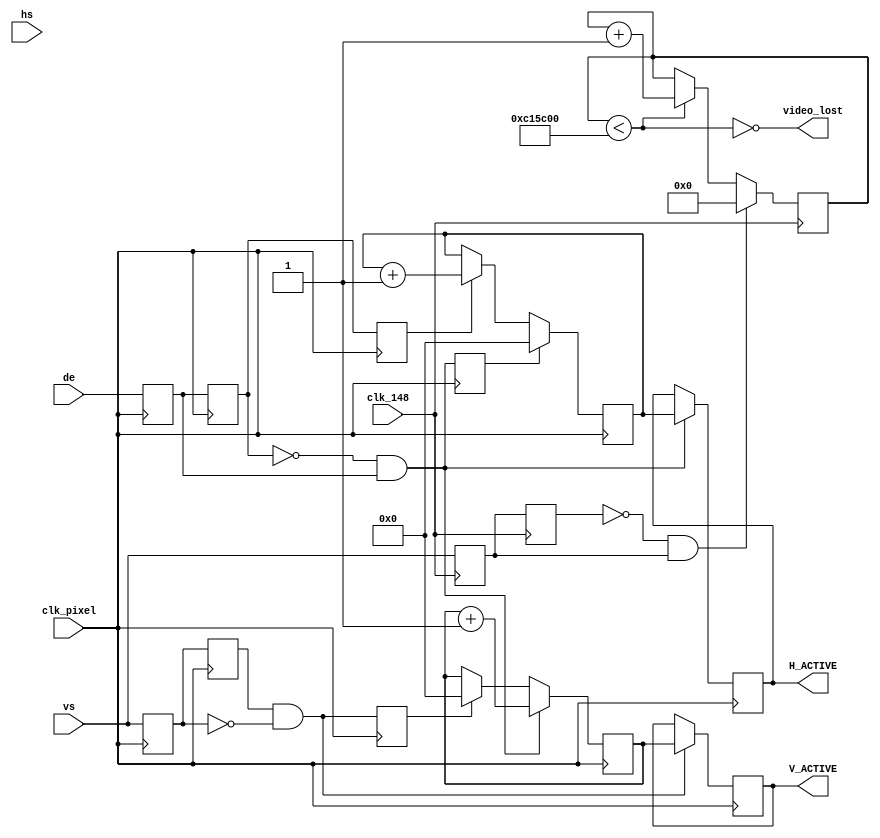
module video_check(
	input clk_148,
	input clk_pixel,
	input vs,
	input hs,
	input de,
	output reg[15:0] H_ACTIVE,
	output reg[15:0] V_ACTIVE,
	output video_lost
);
reg[23:0] time_cnt;
reg vs_d1;
reg vs_d2;

reg vs_d3;
reg vs_d4;

reg de_d1;
reg de_d2;
reg de_d3;
reg[15:0] v_cnt;
reg[15:0] h_cnt;
wire vs_posedge = ~vs_d2 & vs_d1;
wire vs_edge = vs_d4 & ~vs_d3;

wire de_posedge = ~de_d2 & de_d1;
reg vs_edge_d1;
reg de_posedge_d1;
assign video_lost = ~(time_cnt < 24'hC1_5C00);
always@(posedge clk_148)
begin
	vs_d1 <= vs;
	vs_d2 <= vs_d1;
	if(vs_posedge)
		begin
			time_cnt <= 24'd0;
		end
	else if(time_cnt < 24'hC1_5C00)
		begin
			time_cnt <= time_cnt + 24'd1;
		end
	else
		begin
			time_cnt <= time_cnt;
		end
end

always@(posedge clk_pixel)
begin
	vs_d3 <= vs;
	vs_d4 <= vs_d3;
	if(vs_edge)
		begin
			V_ACTIVE <= v_cnt;
		end
	else
		begin
			V_ACTIVE <= V_ACTIVE;
		end
	
end

always@(posedge clk_pixel)
begin
	de_d1 <= de;
	de_d2 <= de_d1;
	vs_edge_d1 <= vs_edge;
	if(de_posedge)
		begin
			v_cnt <= v_cnt + 16'd1;
		end
	else if(vs_edge_d1)
		begin
			v_cnt <= 16'd0;
		end
	else 
		begin
			v_cnt <= v_cnt;
		end
	
end

always@(posedge clk_pixel)
begin
	if(de_posedge)
		H_ACTIVE <= h_cnt;
	else
		H_ACTIVE <= H_ACTIVE; 
end
always@(posedge clk_pixel)
begin
	de_posedge_d1 <= de_posedge;
	de_d3 <= de_d2;
	if(de_posedge_d1)
		h_cnt <= 16'd0;
	else if(de_d3)
		h_cnt <= h_cnt + 16'd1;
	else
		h_cnt <= h_cnt; 
end
endmodule